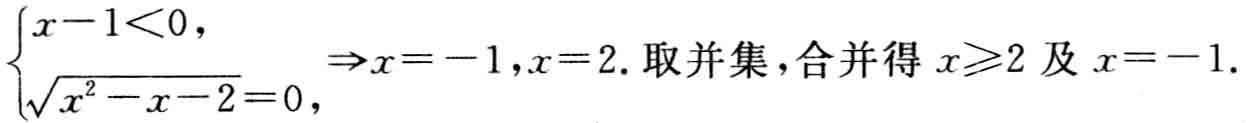
$\begin{cases}x - 1 < 0,\\\sqrt{x^{2} - x - 2} = 0,\end{cases}\Rightarrow x = -1,x = 2. \text{取并集，合并得 }x\geqslant2\text{ 及 }x = -1.$